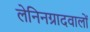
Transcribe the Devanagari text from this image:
लेनिनग्रादवालों